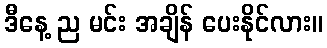
ဒီနေ့ ည မင်း အချိန် ပေးနိုင်လား။